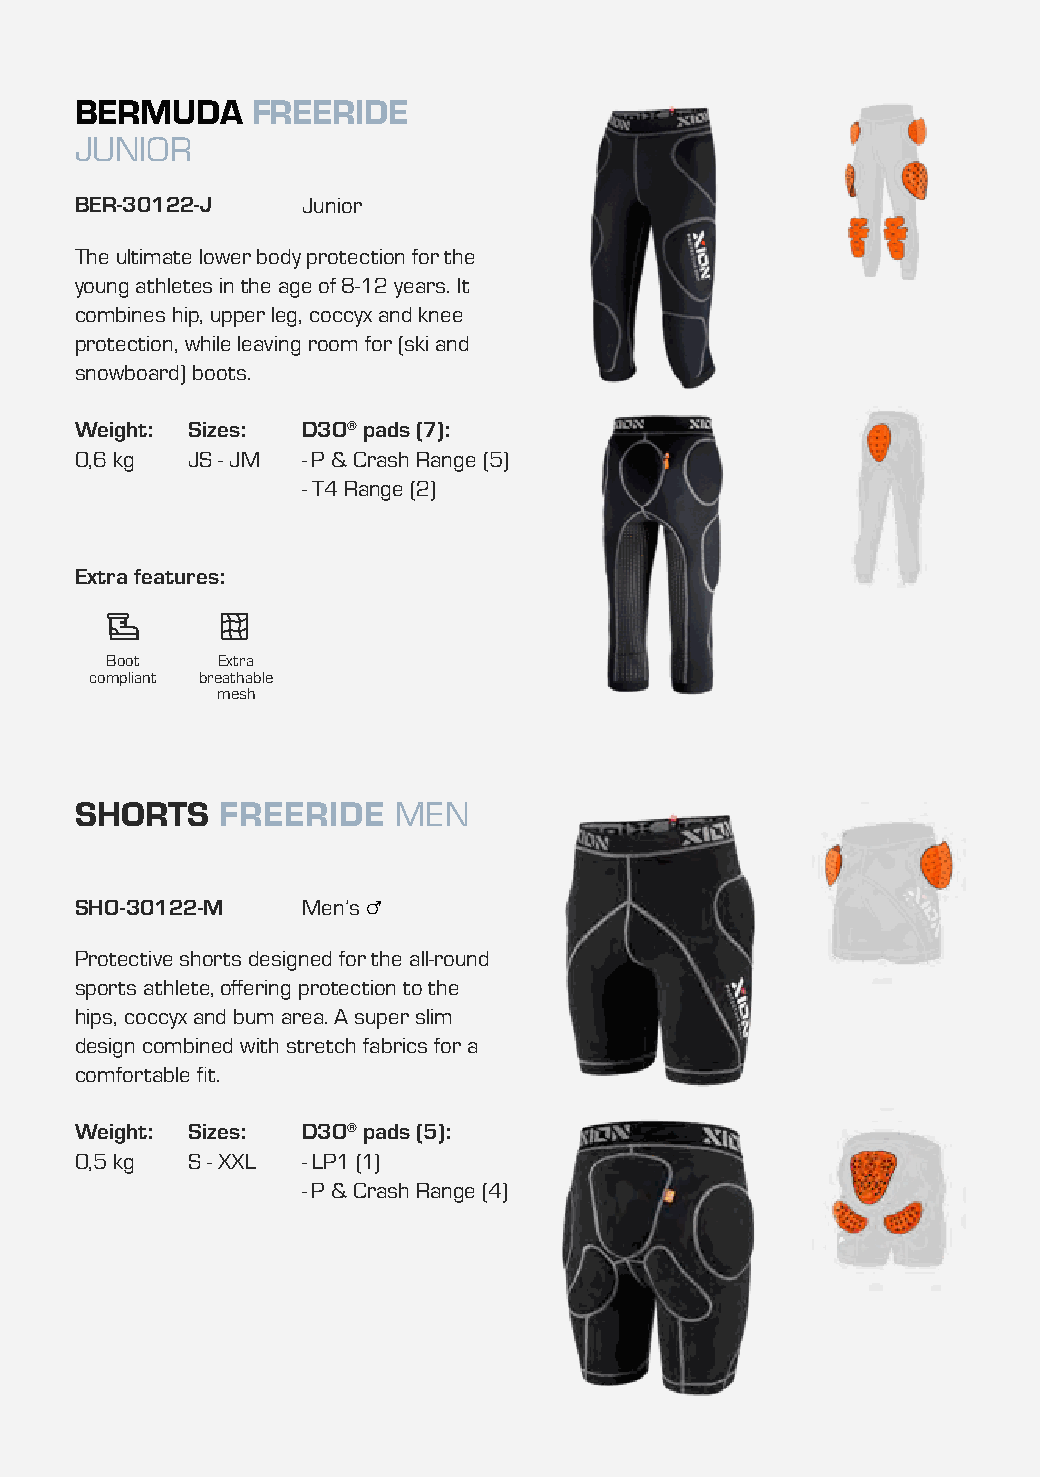
BERMUDA     FREERIDE
 JUNIOR
 BER-30122-J    Junior
 The ultimate lower body protection for the
 young athletes in the age of 8-12 years. It
 combines hip, upper leg, coccyx and knee
 protection, while leaving room for (ski and
 snowboard) boots.
 Weight: Sizes: D3O® pads (7):
 0,6 kg JS - JM - P & Crash Range (5)
 - T4 Range (2)
 Extra features:
 Boot   Extra
 compliant breathable
 mesh
 SHORTS    FREERIDE   MEN
 SHO-30122-M    Men’s
 Protective shorts designed for the all-round
 sports athlete, offering protection to the
 hips, coccyx and bum area. A super slim
 design combined with stretch fabrics for a
 comfortable fit.
 Weight: Sizes: D3O® pads (5):
 0,5 kg S - XXL - LP1 (1)
 - P & Crash Range (4)